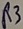
Text: R3